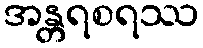
အန္တရစရဿ